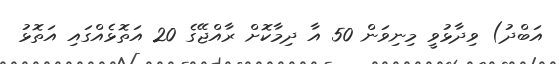
އަބްދު) ވިދާޅުވީ މިނިވަން 50 އާ ދިމާކޮށް ރާއްޖޭގެ 20 އަތޮޅެއްގައި އަތޮޅު